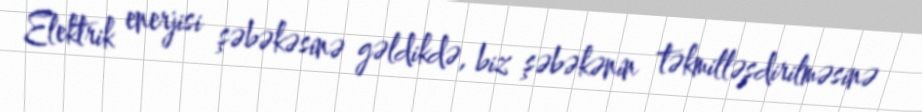
Elektrik enerjisi şəbəkəsinə gəldikdə, biz şəbəkənin təkmilləşdirilməsinə